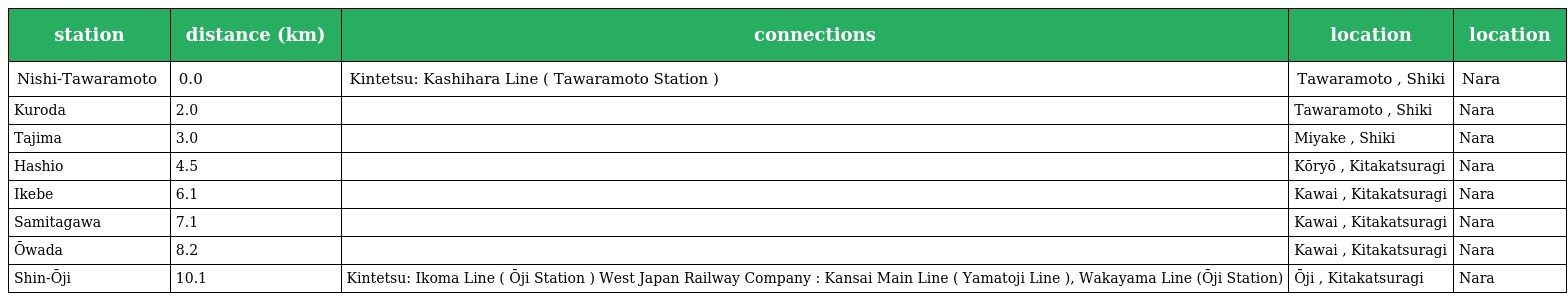
| station | distance (km) | connections | location | location |
 | --- | --- | --- | --- | --- |
 | Nishi-Tawaramoto 西田原本 | 0.0 | Kintetsu: Kashihara Line ( Tawaramoto Station ) | Tawaramoto , Shiki | Nara |
 | Kuroda 黒田 | 2.0 |  | Tawaramoto , Shiki | Nara |
 | Tajima 但馬 | 3.0 |  | Miyake , Shiki | Nara |
 | Hashio 箸尾 | 4.5 |  | Kōryō , Kitakatsuragi | Nara |
 | Ikebe 池部 | 6.1 |  | Kawai , Kitakatsuragi | Nara |
 | Samitagawa 佐味田川 | 7.1 |  | Kawai , Kitakatsuragi | Nara |
 | Ōwada 大輪田 | 8.2 |  | Kawai , Kitakatsuragi | Nara |
 | Shin-Ōji 新王寺 | 10.1 | Kintetsu: Ikoma Line ( Ōji Station ) West Japan Railway Company : Kansai Main Line ( Yamatoji Line ), Wakayama Line (Ōji Station) | Ōji , Kitakatsuragi | Nara |